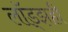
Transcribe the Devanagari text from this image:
लॉड्झही